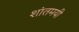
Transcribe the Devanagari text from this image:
शांतमयी